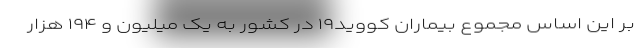
بر این اساس مجموع بیماران کووید۱۹ در کشور به یک میلیون و ۱۹۴ هزار